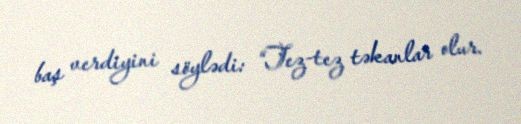
baş verdiyini söylədi: “Tez-tez təkanlar olur.